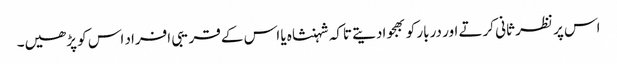
اس پر نظر ثانی کرتے اور دربار کو بھجوادیتے تاکہ شہنشاہ یا اس کے قریبی افراد اس کو پڑھیں۔